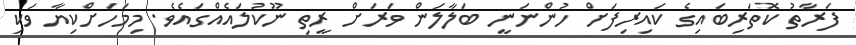
ފަރާތު ކޮތަރިބައިގެ ކައިރިފަށް ހުންނަނީ ބަލާލަން ވަރަށް ރީތި ނޫކުލައެއްގައެވެ. މިމަހަށްކިޔާ ވަކި